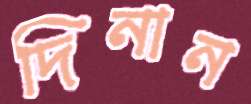
দিনান